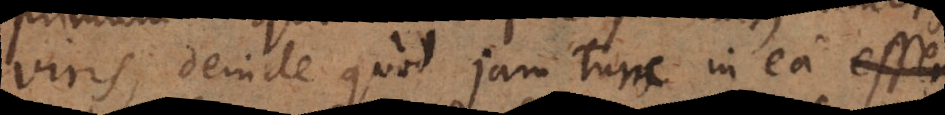
viris, deinde quod jam tunc in ea esse